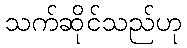
သက်ဆိုင်သည်ဟု